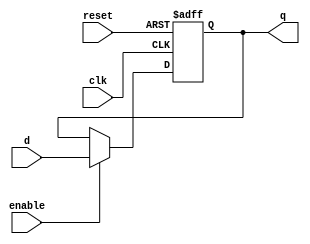
module  FlipFlopD1b(input d,enable,reset,clk,output reg q);

    always @(posedge clk, posedge reset) begin  //reset asincrono
        if (reset) q = 0; // si el reset esta activado la salida se coloca en 0
        else if (enable) q = d; //si reset esta en 0 y ademas esta enable en 1, entonces deja pasar d a q
    end

endmodule

module FlipFlopD2b(input wire [1:0] d, input wire enable, reset, clk, output wire [1:0] q );

    FlipFlopD1b FF1(d[0], enable, reset,clk, q[0]);//primer FF
    FlipFlopD1b FF2(d[1], enable, reset,clk, q[1]);//segundo FF

endmodule

module FlipFlopD4b(input [3:0] d, input wire enable, reset, clk, output wire [3:0] q );

    FlipFlopD2b FF1(d[1:0], enable, reset,clk, q[1:0]); // FF de los bits 0 y 1
    FlipFlopD2b FF2(d[3:2], enable, reset,clk, q[3:2]); // Ff de los bits 2 y 3

endmodule